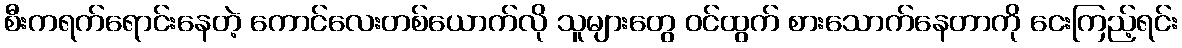
စီးကရက်ရောင်းနေတဲ့ ကောင်လေးတစ်ယောက်လို သူများတွေ ဝင်ထွက် စားသောက်နေတာကို ငေးကြည့်ရင်း